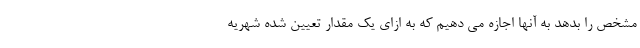
مشخص را بدهد به آنها اجازه می دهیم که به ازای یک مقدار تعیین شده شهریه